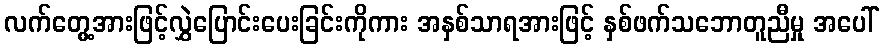
လက်တွေ့အားဖြင့်လွှဲပြောင်းပေးခြင်းကိုကား အနှစ်သာရအားဖြင့် နှစ်ဖက်သဘောတူညီမှု အပေါ်